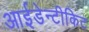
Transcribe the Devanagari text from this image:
आईडेन्टीकिट